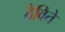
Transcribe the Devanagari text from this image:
ठेविते